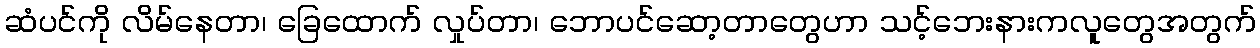
ဆံပင်ကို လိမ်နေတာ၊ ခြေထောက် လှုပ်တာ၊ ဘောပင်ဆော့တာတွေဟာ သင့်ဘေးနားကလူတွေအတွက်